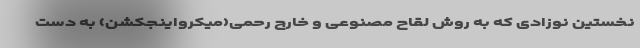
نخستین نوزادی که به روش لقاح مصنوعی و خارج رحمی(میکرواینجکشن) به دست